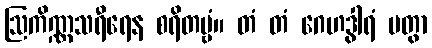
ဩကိဏ္ဏသရီရေန စရိတဗ္ဗံ။ တံ တံ ဂေဟဒွါရံ ပတွာ